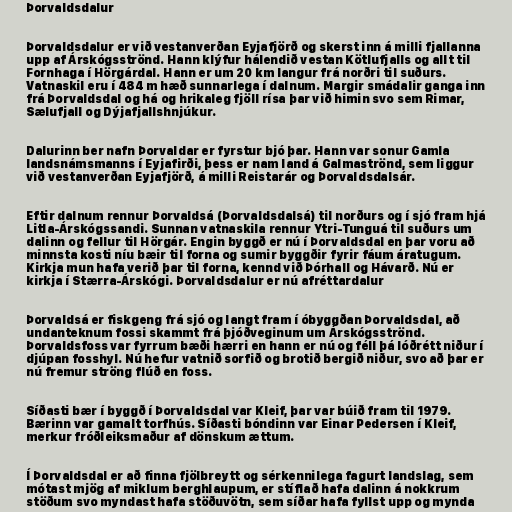
Þorvaldsdalur

Þorvaldsdalur er við vestanverðan Eyjafjörð og skerst inn á milli fjallanna
upp af Árskógsströnd. Hann klýfur hálendið vestan Kötlufjalls og allt til
Fornhaga í Hörgárdal. Hann er um 20 km langur frá norðri til suðurs.
Vatnaskil eru í 484 m hæð sunnarlega í dalnum. Margir smádalir ganga inn
frá Þorvaldsdal og há og hrikaleg fjöll rísa þar við himin svo sem Rimar,
Sælufjall og Dýjafjallshnjúkur.

Dalurinn ber nafn Þorvaldar er fyrstur bjó þar. Hann var sonur Gamla
landsnámsmanns í Eyjafirði, þess er nam land á Galmaströnd, sem liggur
við vestanverðan Eyjafjörð, á milli Reistarár og Þorvaldsdalsár.

Eftir dalnum rennur Þorvaldsá (Þorvaldsdalsá) til norðurs og í sjó fram hjá
Litla-Árskógssandi. Sunnan vatnaskila rennur Ytri-Tunguá til suðurs um
dalinn og fellur til Hörgár. Engin byggð er nú í Þorvaldsdal en þar voru að
minnsta kosti níu bæir til forna og sumir byggðir fyrir fáum áratugum.
Kirkja mun hafa verið þar til forna, kennd við Þórhall og Hávarð. Nú er
kirkja í Stærra-Árskógi. Þorvaldsdalur er nú afréttardalur

Þorvaldsá er fiskgeng frá sjó og langt fram í óbyggðan Þorvaldsdal, að
undanteknum fossi skammt frá þjóðveginum um Árskógsströnd.
Þorvaldsfoss var fyrrum bæði hærri en hann er nú og féll þá lóðrétt niður í
djúpan fosshyl. Nú hefur vatnið sorfið og brotið bergið niður, svo að þar er
nú fremur ströng flúð en foss.

Síðasti bær í byggð í Þorvaldsdal var Kleif, þar var búið fram til 1979.
Bærinn var gamalt torfhús. Síðasti bóndinn var Einar Pedersen í Kleif,
merkur fróðleiksmaður af dönskum ættum.

Í Þorvaldsdal er að finna fjölbreytt og sérkennilega fagurt landslag, sem
mótast mjög af miklum berghlaupum, er stíflað hafa dalinn á nokkrum
stöðum svo myndast hafa stöðuvötn, sem síðar hafa fyllst upp og mynda